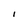
Character: I